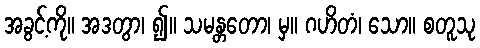
အခွင့်ကို။ အဒတွာ၊ ၍။ သမန္တတော၊ မှ။ ဂဟိတံ၊ သော။ စတူသု